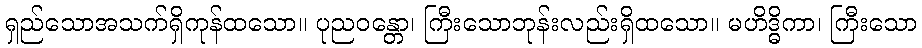
ရှည်သောအသက်ရှိကုန်ထသော။ ပုညဝန္တော၊ ကြီးသောဘုန်းလည်းရှိထသော။ မဟိဒ္ဓိကာ၊ ကြီးသော